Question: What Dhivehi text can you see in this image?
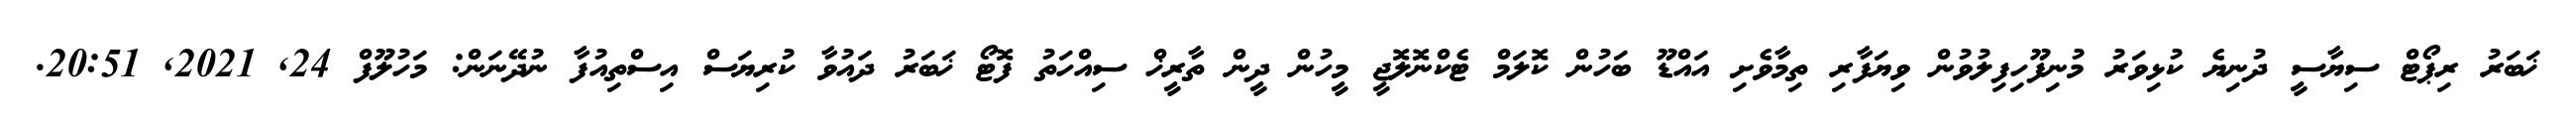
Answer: ޚަބަރު ރިޕޯޓް ސިޔާސީ ދުނިޔެ ކުޅިވަރު މުނިފޫހިފިލުވުން ވިޔަފާރި ތިމާވެށި އައްޑޫ ބަހުން ކޮލަމް ޓެކްނޮލޮޖީ މީހުން ދީން ތާރީޚް ސިއްހަތު ފޮޓޯ ޚަބަރު ދައުވާ ކުރިޔަސް އިސްތިއުފާ ނުދޭނަން: މަހުލޫފް 24, 2021, 20:51.